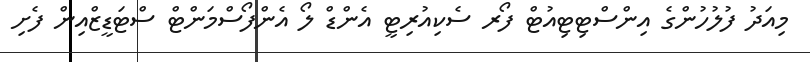
މިއަދު ފުލުހުންގެ އިންސްޓިޓިއުޓް ފޯރ ސެކިއުރިޓީ އެންޑް ލޯ އެންފޯސްމަންޓް ސްޓަޑީޒްއިން ފެށި